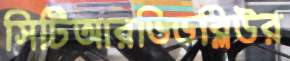
সিটিআরডিডব্লিউর